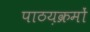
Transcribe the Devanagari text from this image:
पाठय़क्रमों